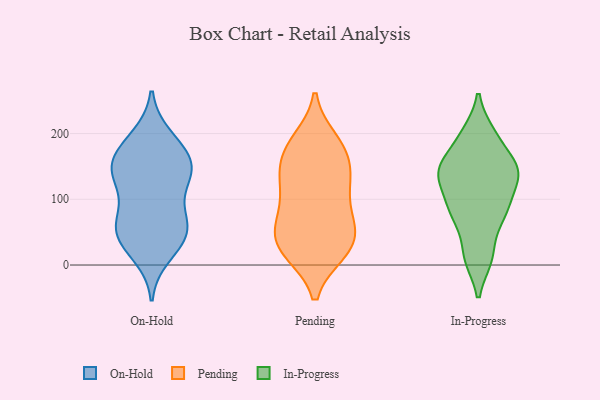
{"axis": {"x": "Production Output", "y": "Value"}, "legend": ["In-Progress", "On-Hold", "Pending"], "data": [{"x": "", "y": 64, "type": "On-Hold"}, {"x": "", "y": 58, "type": "On-Hold"}, {"x": "", "y": 140, "type": "On-Hold"}, {"x": "", "y": 51, "type": "On-Hold"}, {"x": "", "y": 35, "type": "On-Hold"}, {"x": "", "y": 195, "type": "On-Hold"}, {"x": "", "y": 15, "type": "On-Hold"}, {"x": "", "y": 116, "type": "On-Hold"}, {"x": "", "y": 77, "type": "On-Hold"}, {"x": "", "y": 163, "type": "On-Hold"}, {"x": "", "y": 165, "type": "On-Hold"}, {"x": "", "y": 151, "type": "On-Hold"}, {"x": "", "y": 138, "type": "On-Hold"}, {"x": "", "y": 61, "type": "On-Hold"}, {"x": "", "y": 154, "type": "On-Hold"}, {"x": "", "y": 190, "type": "On-Hold"}, {"x": "", "y": 35, "type": "On-Hold"}, {"x": "", "y": 127, "type": "On-Hold"}, {"x": "", "y": 20, "type": "Pending"}, {"x": "", "y": 69, "type": "Pending"}, {"x": "", "y": 177, "type": "Pending"}, {"x": "", "y": 64, "type": "Pending"}, {"x": "", "y": 142, "type": "Pending"}, {"x": "", "y": 36, "type": "Pending"}, {"x": "", "y": 180, "type": "Pending"}, {"x": "", "y": 56, "type": "Pending"}, {"x": "", "y": 134, "type": "Pending"}, {"x": "", "y": 71, "type": "Pending"}, {"x": "", "y": 21, "type": "Pending"}, {"x": "", "y": 27, "type": "Pending"}, {"x": "", "y": 122, "type": "Pending"}, {"x": "", "y": 189, "type": "Pending"}, {"x": "", "y": 107, "type": "Pending"}, {"x": "", "y": 132, "type": "Pending"}, {"x": "", "y": 22, "type": "Pending"}, {"x": "", "y": 174, "type": "Pending"}, {"x": "", "y": 131, "type": "In-Progress"}, {"x": "", "y": 63, "type": "In-Progress"}, {"x": "", "y": 12, "type": "In-Progress"}, {"x": "", "y": 90, "type": "In-Progress"}, {"x": "", "y": 88, "type": "In-Progress"}, {"x": "", "y": 196, "type": "In-Progress"}, {"x": "", "y": 200, "type": "In-Progress"}, {"x": "", "y": 11, "type": "In-Progress"}, {"x": "", "y": 146, "type": "In-Progress"}, {"x": "", "y": 157, "type": "In-Progress"}, {"x": "", "y": 128, "type": "In-Progress"}, {"x": "", "y": 147, "type": "In-Progress"}, {"x": "", "y": 144, "type": "In-Progress"}, {"x": "", "y": 82, "type": "In-Progress"}]}